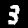
Label: 3